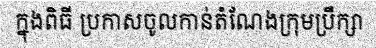
ក្នុងពិធី ប្រកាសចូលកាន់តំណែងក្រុមប្រឹក្សា